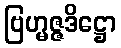
ဗြဟ္မဇ္ဇဒိဋ္ဌော